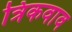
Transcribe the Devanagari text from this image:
त्रिकवाव